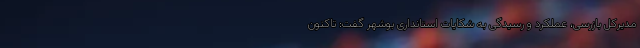
مدیرکل بازرسی، عملکرد و رسیدگی به شکایات استانداری بوشهر گفت: تاکنون